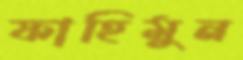
ফাহিমুন